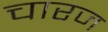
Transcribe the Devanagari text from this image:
चारज